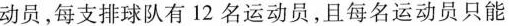
动员，每支排球队有12名运动员，且每名运动员只能